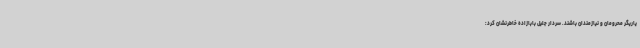
یاریگر محرومان و نیازمندان باشند. سردار جلیل بابازاده خاطرنشان کرد: